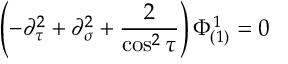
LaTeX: \left( - \partial _ { \tau } ^ { 2 } + \partial _ { \sigma } ^ { 2 } + \frac { 2 } { \cos ^ { 2 } \tau } \right) \Phi _ { ( 1 ) } ^ { 1 } = 0